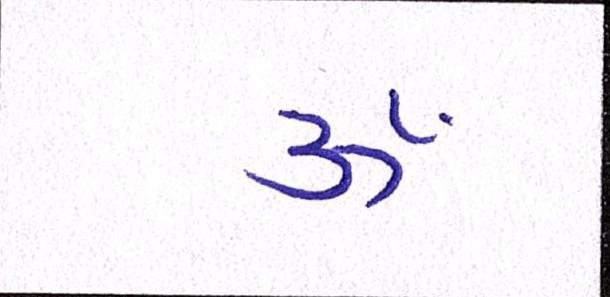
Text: ૐ